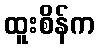
ထူးစိန်က